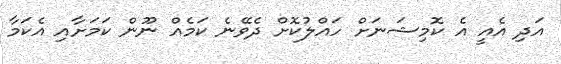
އަދި އެއީ އެ ކޮމިޝަނަށް ހައްލުކޮށް ދެވޭނެ ކަމެއް ނޫން ކަމަށާއި އެކަމާ